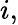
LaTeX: i,